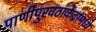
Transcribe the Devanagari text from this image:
पाणीपुरवठाकेंद्रांमध्ये